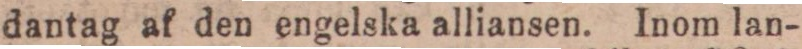
dantag af den engelska alliansen. Inom lan-